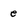
Character: e